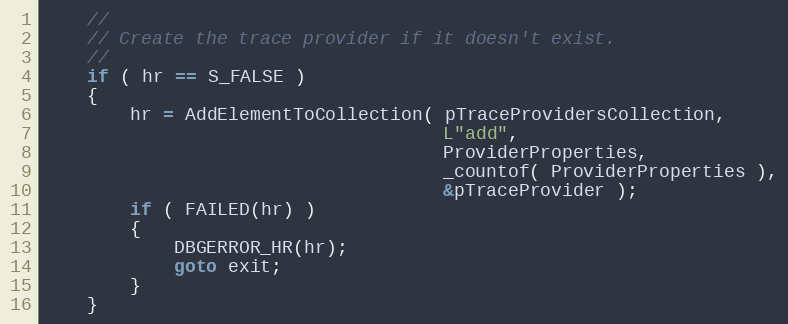
Language: C++
    //
    // Create the trace provider if it doesn't exist.
    //
    if ( hr == S_FALSE )
    {
        hr = AddElementToCollection( pTraceProvidersCollection,
                                     L"add",
                                     ProviderProperties,
                                     _countof( ProviderProperties ),
                                     &pTraceProvider );
        if ( FAILED(hr) )
        {
            DBGERROR_HR(hr);
            goto exit;
        }
    }